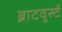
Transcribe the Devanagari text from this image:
ब्राटवुर्स्टे